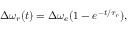
\Delta \omega _ { r } ( t ) = \Delta \omega _ { e } ( 1 - e ^ { - t / \tau _ { r } } ) ,